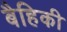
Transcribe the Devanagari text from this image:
बैहिकी